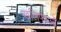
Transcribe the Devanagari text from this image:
खलिफाओं